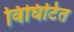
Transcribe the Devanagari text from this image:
विघिटित